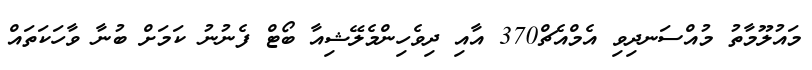
މައުލޫމާތު މުއްސަނދިވި އެމްއެޗް370 އާއި ދިވެހިންމެލޭޝިއާ ބޯޓް ފެނުނު ކަމަށް ބުނާ ވާހަކަތައް